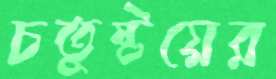
চতুষ্টয়ের